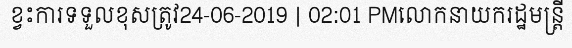
ខ្វះការទទួលខុសត្រូវ24-06-2019 | 02:01 PMលោកនាយករដ្ឋមន្ត្រី